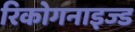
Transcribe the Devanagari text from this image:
रिकोगनाइज्ड